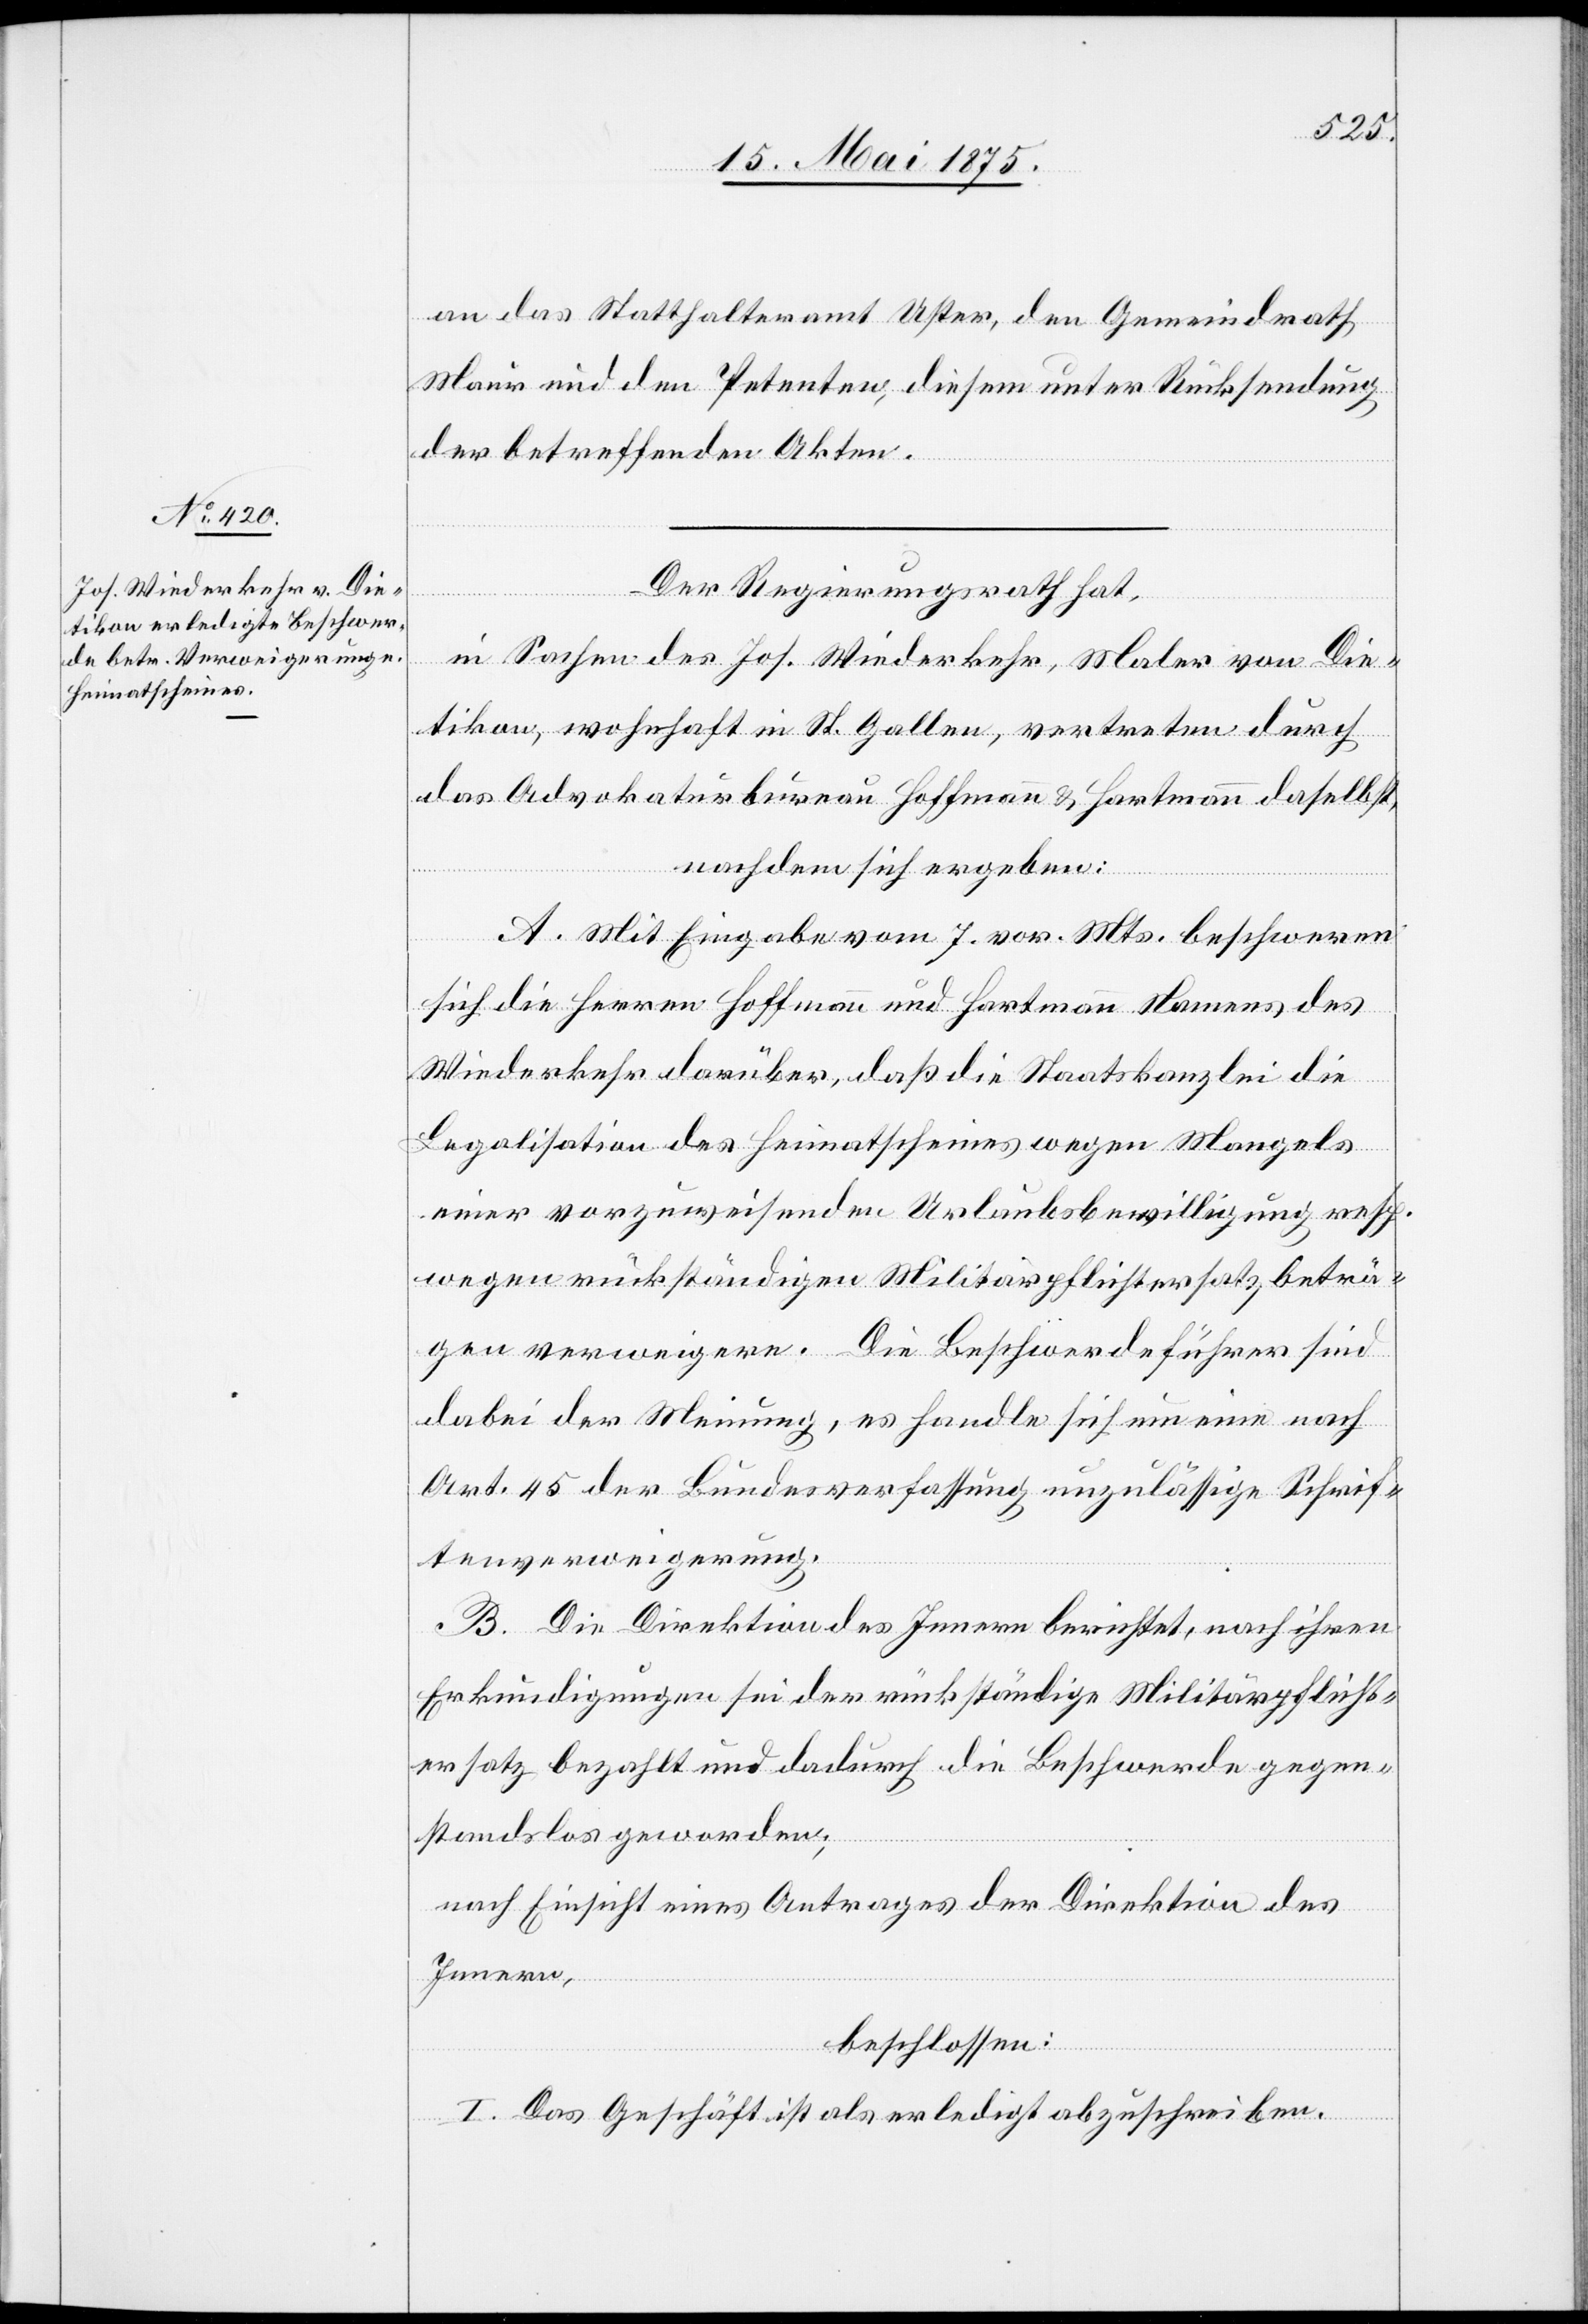
an das Statthalteramt Uster, den Gemeindrath
Maur und den Petenten, diesem unter Rücksendung
der betreffenden Akten.
Der Regierungsrath hat,
in Sachen des Jos. Wiederkehr, Maler von Die¬
tikon, wohnhaft in St. Gallen, vertreten durch
das Advokatenbureau Hoffmann & Hartmann daselbst,
nachdem sich ergeben:
A. Mit Eingabe vom 7. vor. Mts. beschweren
sich die Herren Hoffmann und Hartmann Namens des
Wiederkehr darüber, daß die Staatskanzlei die
Legalisation des Heimatscheines wegen Mangels
einer vorzuweisenden Urlaubsbewilligung resp.
wegen rückständigen Militärpflichtersatzbeträ¬
gen verweigere. Die Beschwerdeführer sind
dabei der Meinung, es handle sich um eine nach
Art. 45 der Bundesverfassung unzulässige Schrif¬
tenverweigerung.
B. Die Direktion des Innern berichtet, nach ihren
Erkundigungen sei der rückständige Militärpflicht¬
ersatz bezahlt und dadurch die Beschwerde gegen¬
standslos geworden;
nach Einsicht eines Antrages der Direktion des
Innern,
beschlossen:
I. Das Geschäft ist als erledigt abzuschieben.